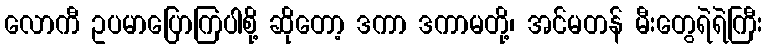
လောကီ ဥပမာပြောကြပါစို့ ဆိုတော့ ဒကာ ဒကာမတို့၊ အင်မတန် မီးတွေရဲရဲကြီး